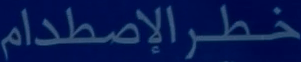
خطرالإصطدام